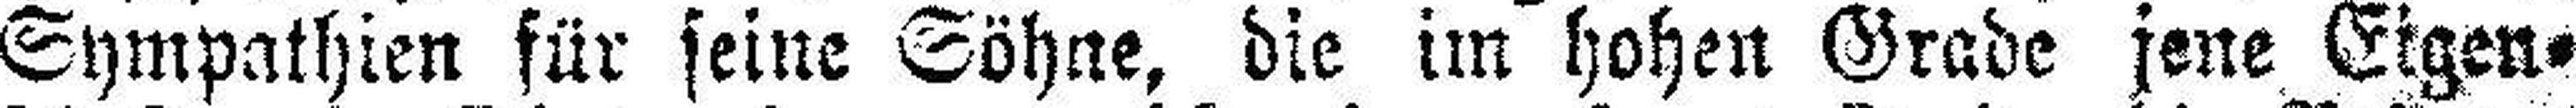
Sympathien für seine Söhne, die im hohen Grade jene Eigen¬